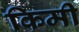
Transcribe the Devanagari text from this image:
किमी